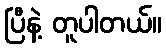
ပြီနဲ့ တူပါတယ်။